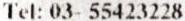
TEL: 03- 55423228